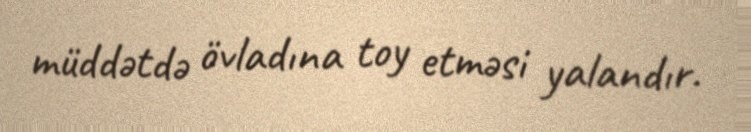
müddətdə övladına toy etməsi yalandır.